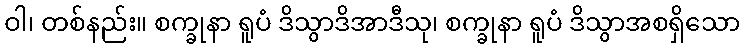
ဝါ၊ တစ်နည်း။ စက္ခုနာ ရူပံ ဒိသွာဒိအာဒီသု၊ စက္ခုနာ ရူပံ ဒိသွာအစရှိသော